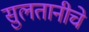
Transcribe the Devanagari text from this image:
सुलतानीचे